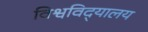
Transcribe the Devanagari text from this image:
विश्वविद्‌यालय